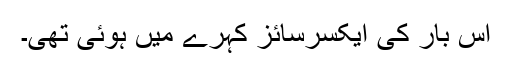
اُس بار کی ایکسرسائز کہرے میں ہوئی تھی۔